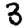
Digit: 3